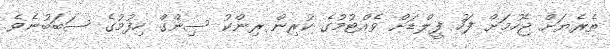
ތެރެޔަށް ޖެހުމަށް ފަހު ފީލްޑަށް ވެއްޓުމުގެ ކުރިން ރިންކު ސިންގް ހިފުމުގެ ސަބަބުނެވެ.